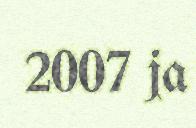
2007 ja